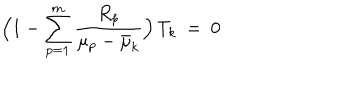
LaTeX: \Bigl ( 1 - \sum _ { p = 1 } ^ { m } \frac { R _ { p } } { \mu _ { p } - \bar { \mu } _ { k } } \Bigr ) \, T _ { k } \ = \ 0